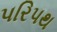
પરિપથ